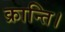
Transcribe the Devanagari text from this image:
क्रान्ति।